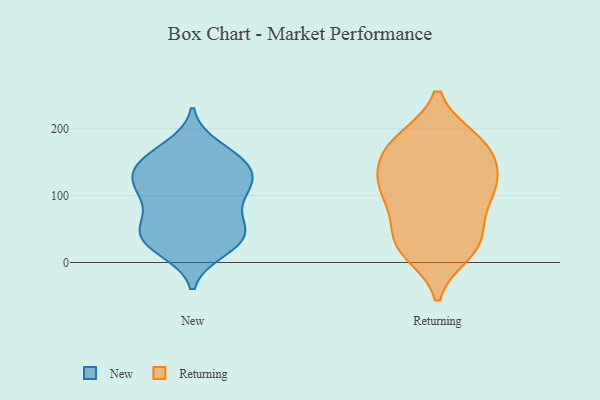
{"axis": {"x": "Inventory Turnover", "y": "Value"}, "legend": ["New", "Returning"], "data": [{"x": "", "y": 172, "type": "New"}, {"x": "", "y": 108, "type": "New"}, {"x": "", "y": 19, "type": "New"}, {"x": "", "y": 26, "type": "New"}, {"x": "", "y": 87, "type": "New"}, {"x": "", "y": 155, "type": "New"}, {"x": "", "y": 139, "type": "New"}, {"x": "", "y": 51, "type": "New"}, {"x": "", "y": 32, "type": "New"}, {"x": "", "y": 39, "type": "New"}, {"x": "", "y": 145, "type": "New"}, {"x": "", "y": 160, "type": "New"}, {"x": "", "y": 58, "type": "New"}, {"x": "", "y": 122, "type": "New"}, {"x": "", "y": 117, "type": "New"}, {"x": "", "y": 36, "type": "New"}, {"x": "", "y": 144, "type": "New"}, {"x": "", "y": 57, "type": "New"}, {"x": "", "y": 113, "type": "New"}, {"x": "", "y": 103, "type": "New"}, {"x": "", "y": 102, "type": "Returning"}, {"x": "", "y": 37, "type": "Returning"}, {"x": "", "y": 14, "type": "Returning"}, {"x": "", "y": 58, "type": "Returning"}, {"x": "", "y": 91, "type": "Returning"}, {"x": "", "y": 185, "type": "Returning"}, {"x": "", "y": 184, "type": "Returning"}, {"x": "", "y": 100, "type": "Returning"}, {"x": "", "y": 16, "type": "Returning"}, {"x": "", "y": 157, "type": "Returning"}, {"x": "", "y": 100, "type": "Returning"}, {"x": "", "y": 125, "type": "Returning"}, {"x": "", "y": 185, "type": "Returning"}, {"x": "", "y": 27, "type": "Returning"}, {"x": "", "y": 144, "type": "Returning"}, {"x": "", "y": 177, "type": "Returning"}, {"x": "", "y": 125, "type": "Returning"}, {"x": "", "y": 143, "type": "Returning"}, {"x": "", "y": 34, "type": "Returning"}]}